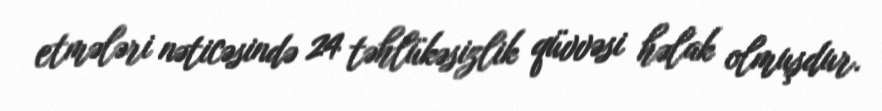
etmələri nəticəsində 24 təhlükəsizlik qüvvəsi həlak olmuşdur.